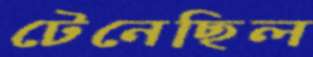
টেনেছিল